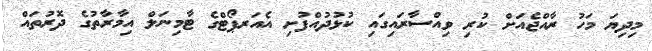
މިދިޔަ މަހު ރާއްޖެއަށް ކުރި ވިއްސާރައިގައި ކުޅުދުއްފުށި އެއަރޕޯޓްގެ ޓާމިނަލް އިމާރާތުގެ ދޮރުތައް